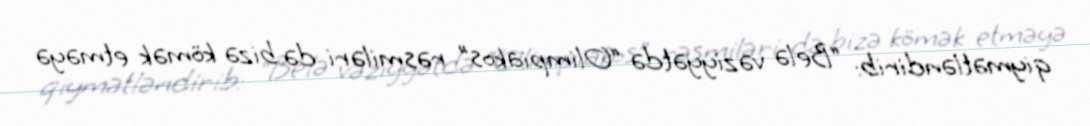
qiymətləndirib: “Belə vəziyyətdə “Olimpiakos” rəsmiləri də bizə kömək etməyə